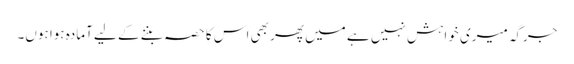
جرگہ میری خواہش نہیں ہے میں پھر بھی اس کا حصہ بننے کے لیے آمادہ ہوا ہوں۔